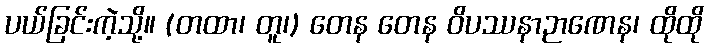
ပယ်ခြင်းကဲ့သို့။ (တထာ၊ တူ၊) တေန တေန ဝိပဿနာဉာဏေန၊ ထိုထို